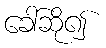
ခေါ်ဆို၍